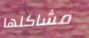
مشاكلها